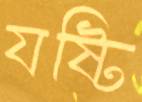
যষ্টি